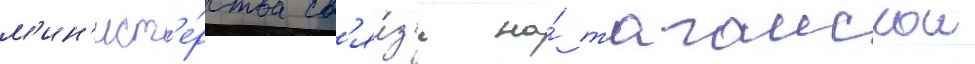
м'ин'ист'е́рства св'я́з'и на́ таганскои